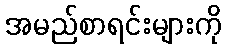
အမည်စာရင်းများကို